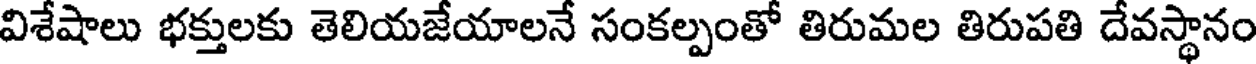
విశేషాలు భక్తులకు తెలియజేయాలనే సంకల్పంతో తిరుమల తిరుపతి దేవస్థానం